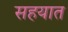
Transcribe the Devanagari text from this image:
सहयात